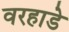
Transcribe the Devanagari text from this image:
वरहाडे